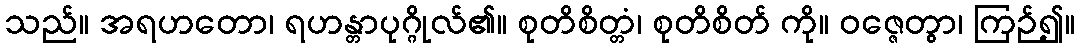
သည်။ အရဟတော၊ ရဟန္တာပုဂ္ဂိုလ်၏။ စုတိစိတ္တံ၊ စုတိစိတ် ကို။ ဝဇ္ဇေတွာ၊ ကြဉ်၍။